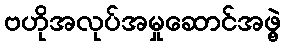
ဗဟိုအလုပ်အမှုဆောင်အဖွဲ့